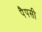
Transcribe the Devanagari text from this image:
पैपसी